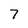
Character: 7